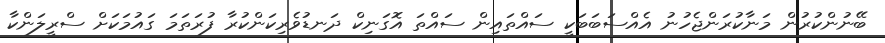
ބޭނުންކުރުން މަނާކުރަންޖެހުނު އެއްސަބަބަކީ ސައްތައިން ސައްތަ އޮގަނިކް ދަނޑުވެރިކަންކުރާ ފުރަތަމަ ގައުމަކަށް ސްރީލަންކާ